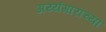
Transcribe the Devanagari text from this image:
अय्यंगारांच्या